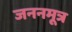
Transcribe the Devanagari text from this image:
जननमूत्र